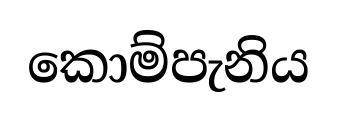
කොම්පැනිය